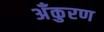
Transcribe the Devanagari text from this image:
अँकुरण